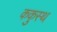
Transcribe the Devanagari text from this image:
ककुस्थ